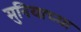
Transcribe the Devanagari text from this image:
मुनियाच्या